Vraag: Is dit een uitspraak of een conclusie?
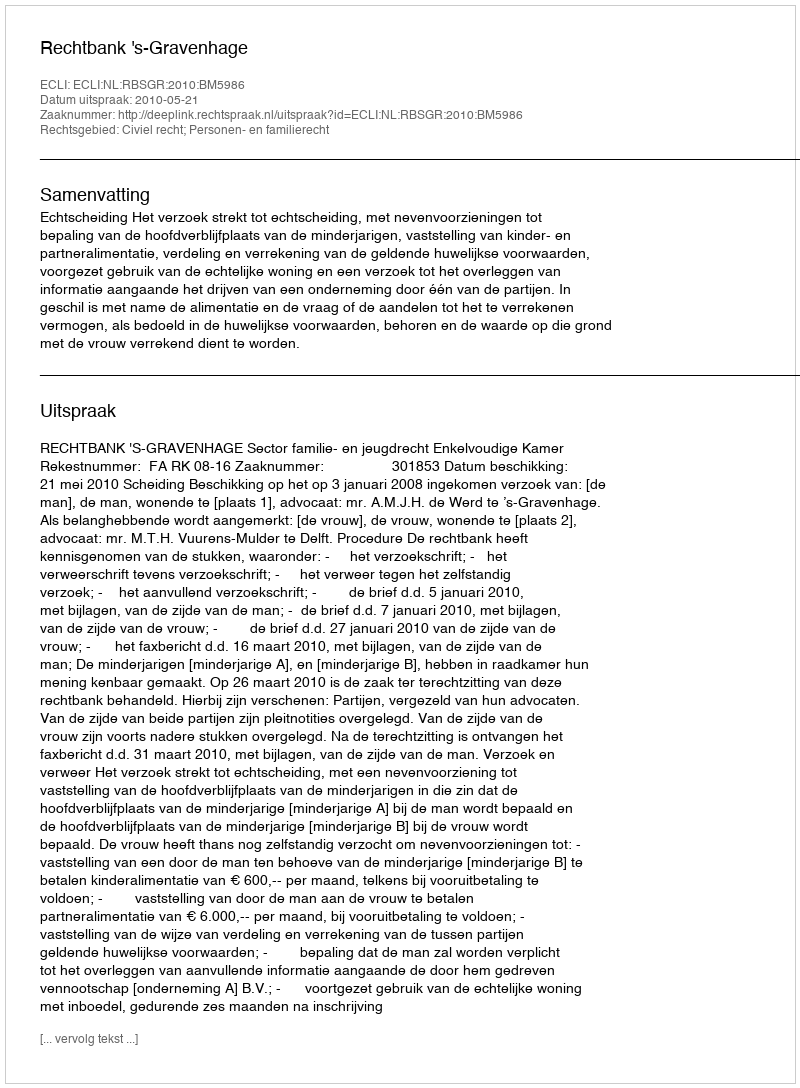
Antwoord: Uitspraak